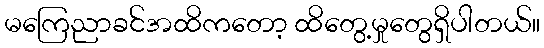
မကြေညာခင်အထိကတော့ ထိတွေ့မှုတွေရှိပါတယ်။